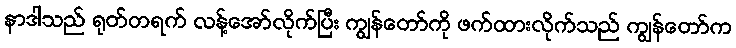
နာဒါသည် ရုတ်တရက် လန့်အော်လိုက်ပြီး ကျွန်တော်ကို ဖက်ထားလိုက်သည် ကျွန်တော်က